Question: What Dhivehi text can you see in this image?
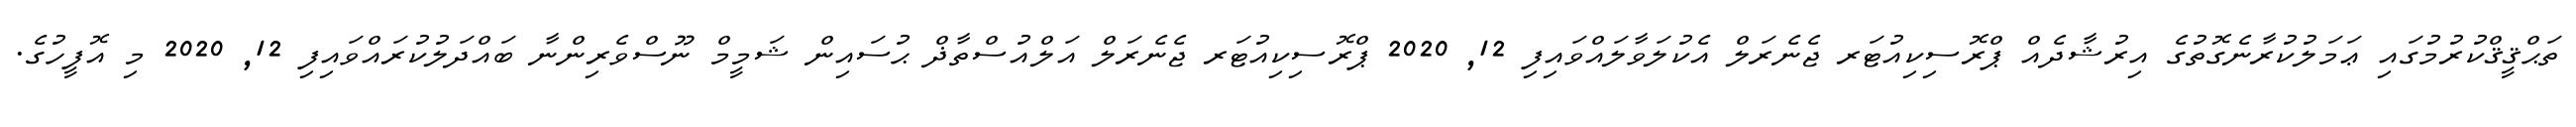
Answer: ތަޙްޤީޤްކުރުމުގައި ޢަމަލުކުރާނެގޮތުގެ އިރުޝާދެއް ޕްރޮސިކިއުޓަރ ޖެނެރަލް އެކުލަވާލައްވައިފި 12, 2020 ޕްރޮސިކިއުޓަރ ޖެނެރަލް އަލްއުސްތާޛް ޙުސައިން ޝަމީމް ނޫސްވެރިންނާ ބައްދަލުކުރައްވައިފި 12, 2020 މި އޮފީހުގެ.